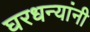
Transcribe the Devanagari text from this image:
घरधन्यांनी